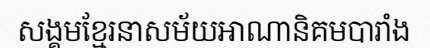
សង្គមខ្មែរនាសម័យអាណានិគមបារាំង